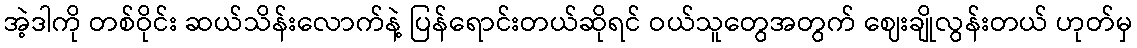
အဲ့ဒါကို တစ်ဝိုင်း ဆယ်သိန်းလောက်နဲ့ ပြန်ရောင်းတယ်ဆိုရင် ဝယ်သူတွေအတွက် ဈေးချိုလွန်းတယ် ဟုတ်မှ